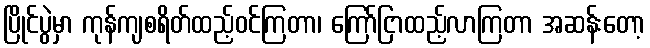
ပြိုင်ပွဲမှာ ကုန်ကျစရိတ်ထည့်ဝင်ကြတာ၊ ကြော်ငြာထည့်လာကြတာ အဆန်းတော့